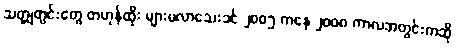
သတ္တုတွင်းတွေ တဟုန်ထိုး များမလာသေးခင် ၂၀၀၅ ကနေ ၂၀၀၈ ကာလအတွင်းကဆို